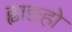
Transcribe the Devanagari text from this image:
ह्वाङहो